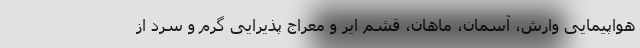
هواپیمایی وارش، آسمان، ماهان، قشم ایر و معراج پذیرایی گرم و سرد از